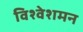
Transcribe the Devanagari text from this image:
विश्वेशमन